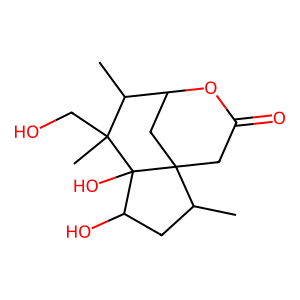
SMILES: CC1C2CC3(CC(=O)O2)C(C)CC(O)C3(O)C1(C)CO
Inhibits HIV replication: No